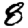
Digit: 8